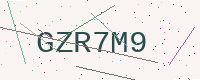
Text: GZR7M9